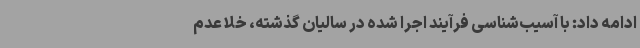
ادامه داد: با آسیب‌شناسی فرآیند اجرا شده در سالیان گذشته، خلا عدم